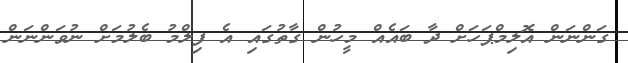
ގަންނަން އޮލިމްޕަހަށް ދާ ބައެއް މީހުން ގާތުގައި އެ ފިލްމު ބެލުމަށް ނުވަންނަން